DOW-UAP-D10, Mission Report, Middle East, May 2022
Agency: Department of War
Incident date: 5/6/22
Incident location: Iraq
Page 2
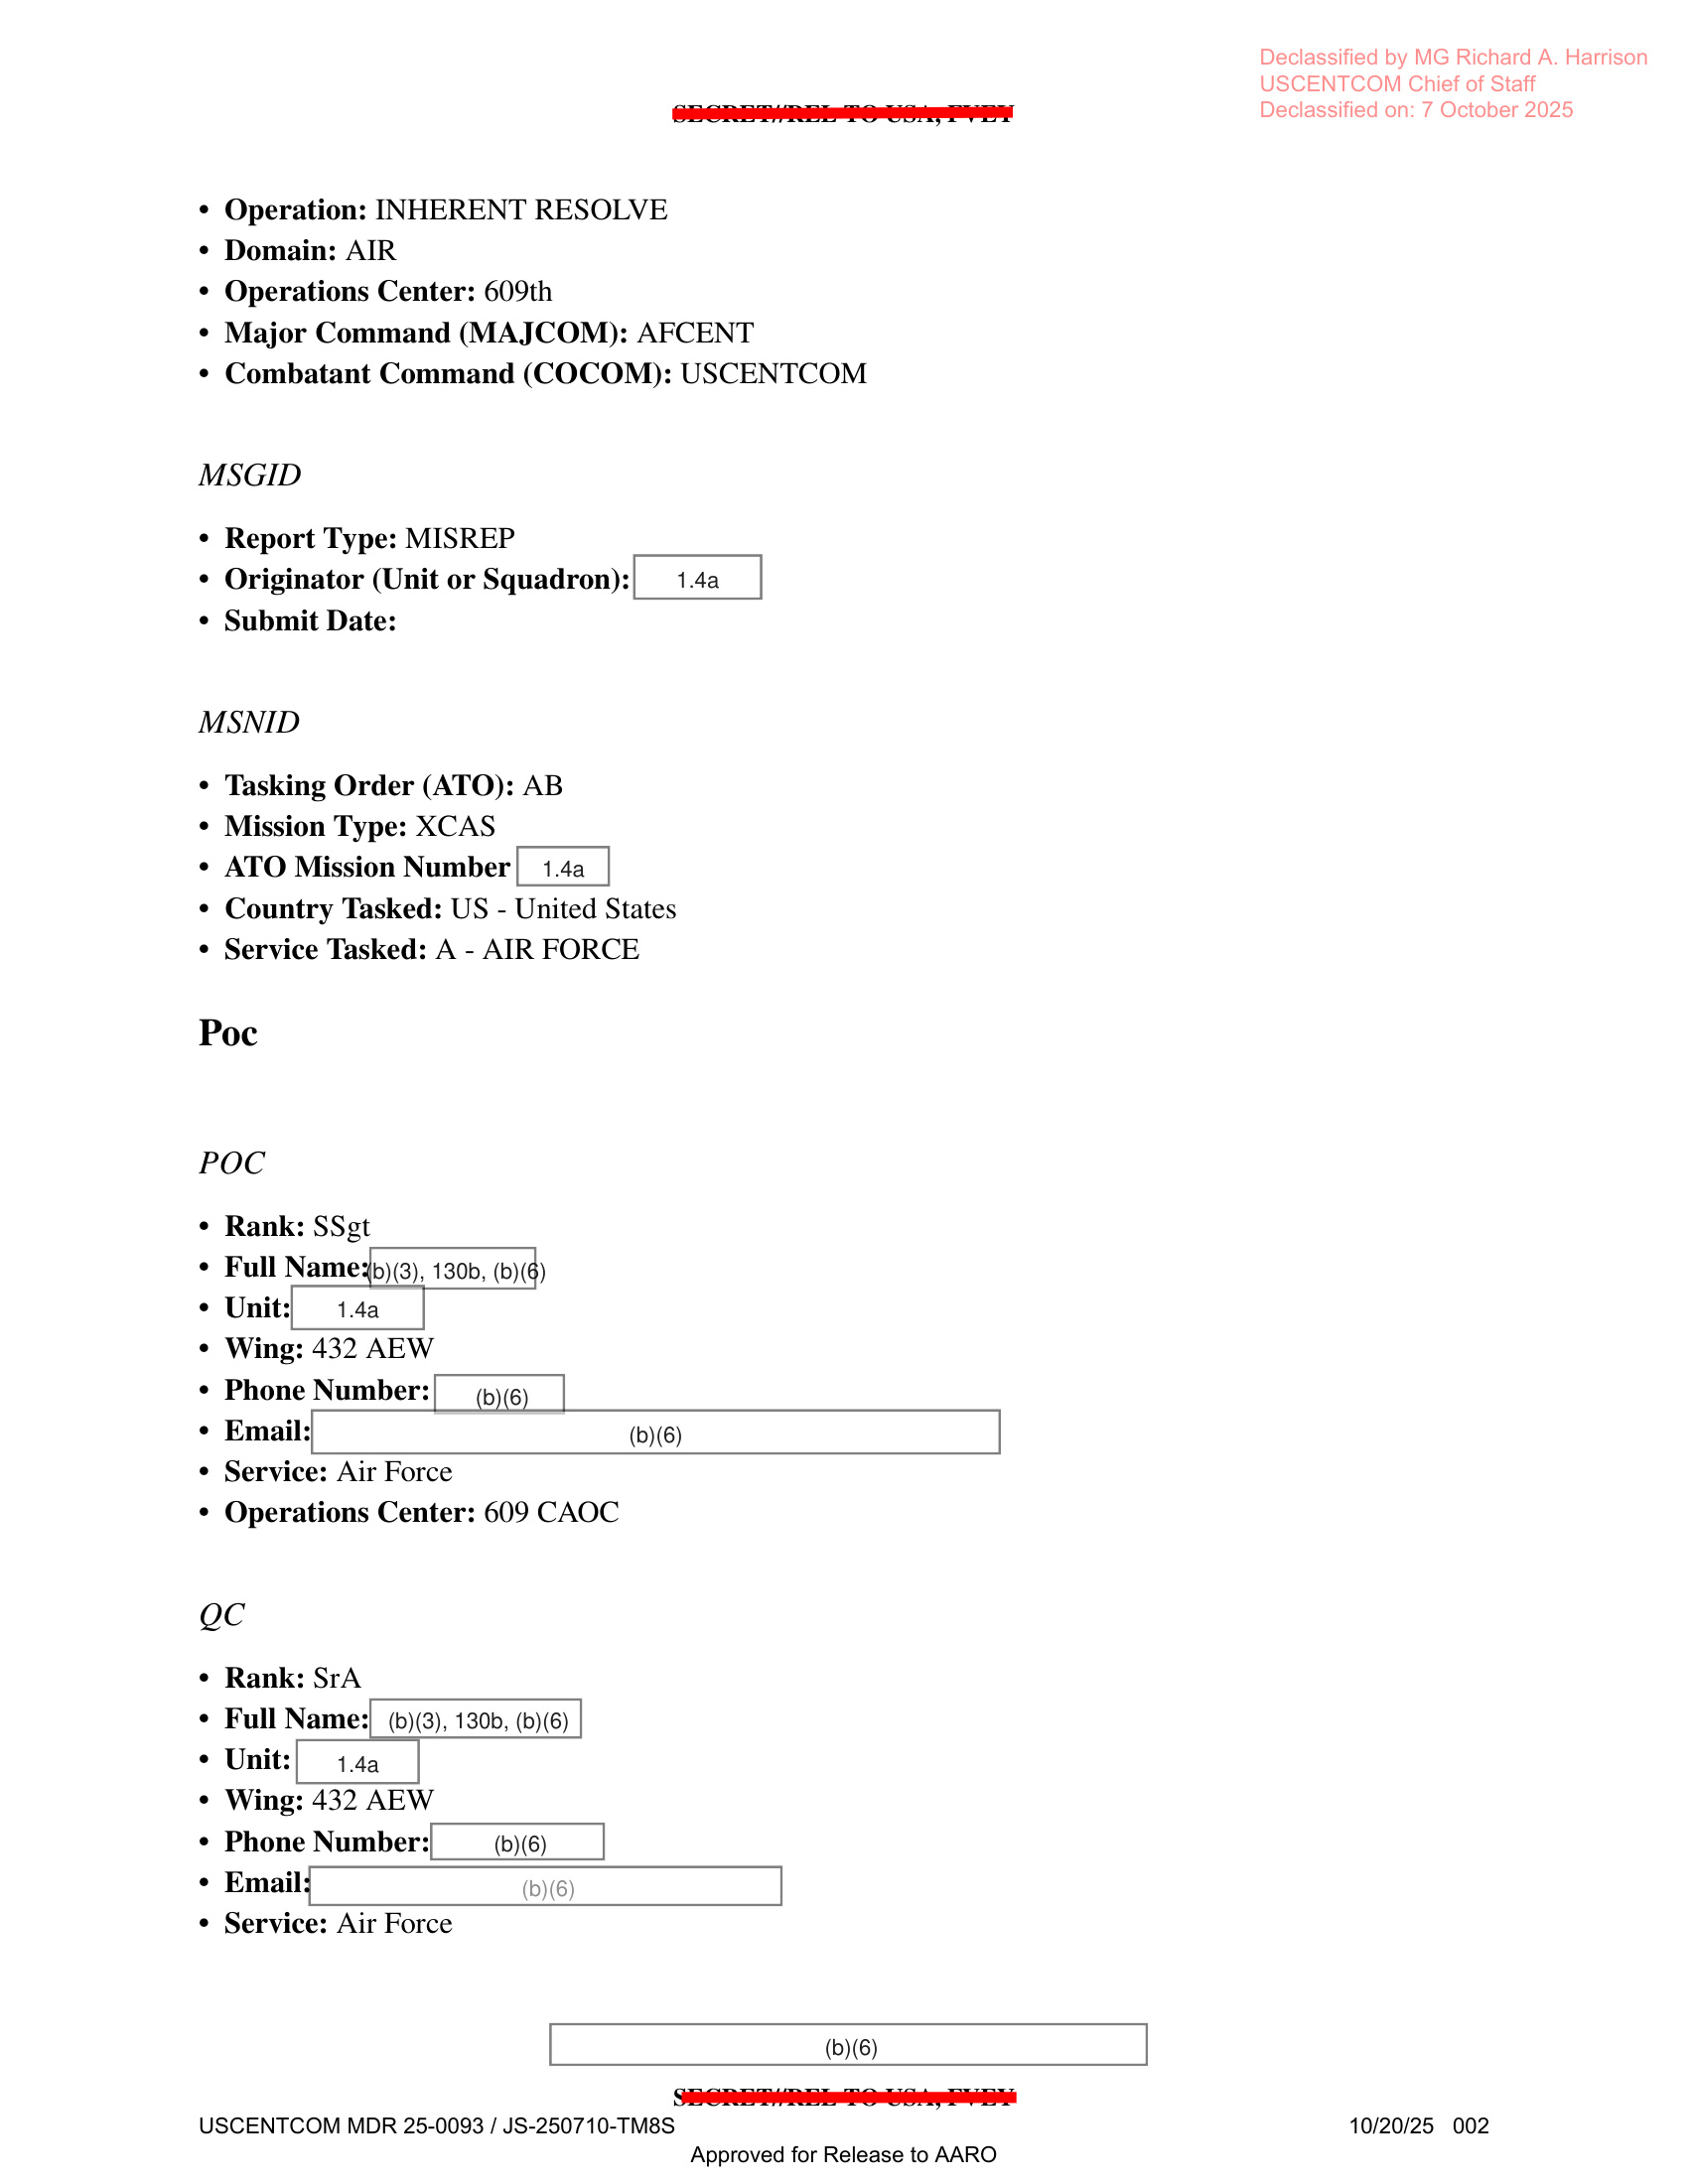